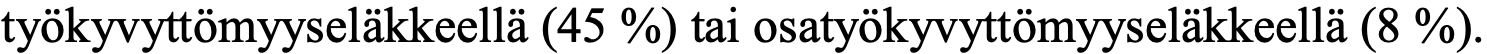
työkyvyttömyyseläkkeellä (45 %) tai osatyökyvyttömyyseläkkeellä (8 %).